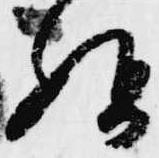
始